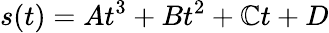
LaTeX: s(t)=At^{3}+Bt^{2}+\mathbb{C}t+D